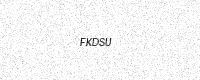
Text: FKDSU